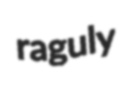
raguly